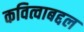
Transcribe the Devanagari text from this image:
कवित्वाबद्दल